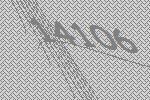
14106